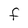
Character: F